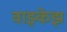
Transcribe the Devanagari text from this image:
वाझ्केझ